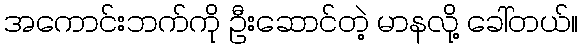
အကောင်းဘက်ကို ဦးဆောင်တဲ့ မာနလို့ ခေါ်တယ်။